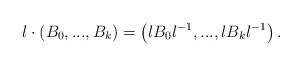
LaTeX: \begin{align*}l\cdot \left(B_0,...,B_k\right)= \left(lB_0 l^{-1}, ..., l B_k l^{-1}\right).\end{align*}